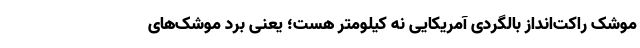
موشک راکت‌انداز بالگردی‌ آمریکایی نه کیلومتر هست؛ یعنی بُرد موشک‌های